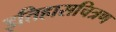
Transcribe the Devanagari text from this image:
इतिहासचित्रण